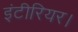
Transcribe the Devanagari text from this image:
इंटीरियर।